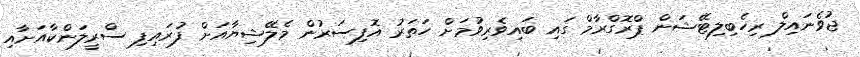
ޖުވެނައިލް ރިހެބިލިޓޭޝަން ޕްރޮގްރާމް ގައި ބައިވެރިވުމަށް ހަތަރު އޮފިސަރުން މެލޭޝިޔާއަށް ފުރައިފި ސްރީލަންކާއަށާއި